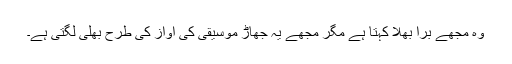
وہ مجھے برا بھلا کہتا ہے مگر مجھے یہ جھاڑ موسیقی کی آواز کی طرح بھلی لگتی ہے۔